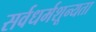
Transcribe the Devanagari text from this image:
सर्वधर्मशून्यता